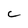
Character: C